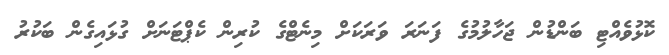
ކޮޅުވެއްޓި ބަންޑުން ޖަހާލުމުގެ ފަނަރަ ވަރަކަށް މިނެޓްގެ ކުރިން ކެޕްޓަނަށް ގުޅައިގެން ބަކުރު